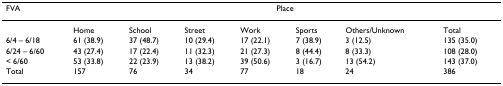
| FVA | <COLSPAN=7> Place |
 | --- | --- | --- | --- | --- | --- | --- | --- |
 |  | Home | School | Street | Work | Sports | Others/Unknown | Total |
 | 6/4 – 6/18 | 61 (38.9) | 37 (48.7) | 10 (29.4) | 17 (22.1) | 7 (38.9) | 3 (12.5) | 135 (35.0) |
 | 6/24 – 6/60 | 43 (27.4) | 17 (22.4) | 11 (32.3) | 21 (27.3) | 8 (44.4) | 8 (33.3) | 108 (28.0) |
 | < 6/60 | 53 (33.8) | 22 (23.9) | 13 (38.2) | 39 (50.6) | 3 (16.7) | 13 (54.2) | 143 (37.0) |
 | Total | 157 | 76 | 34 | 77 | 18 | 24 | 386 |